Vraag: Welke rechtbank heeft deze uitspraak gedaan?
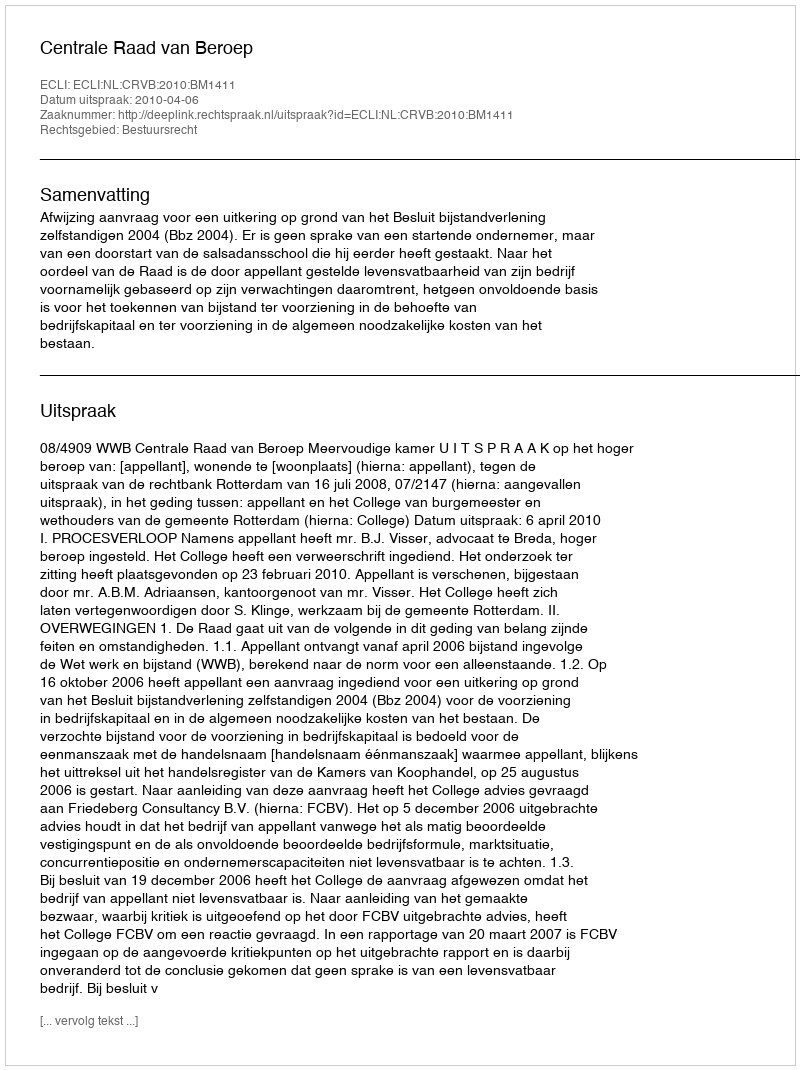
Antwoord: Centrale Raad van Beroep